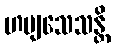
ဟဗျသေသန္တိ